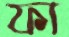
ফা